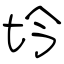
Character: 坅